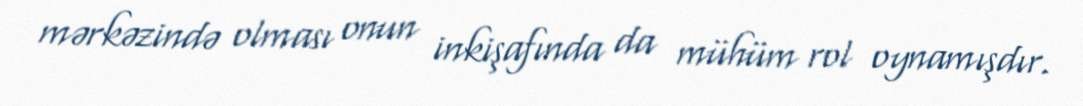
mərkəzində olması onun inkişafında da mühüm rol oynamışdır.